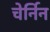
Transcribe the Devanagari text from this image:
चेर्निन